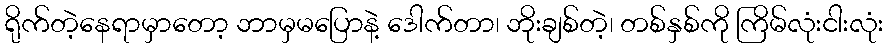
ရိုက်တဲ့နေရာမှာတော့ ဘာမှမပြောနဲ့ ဒေါက်တာ၊ ဘိုးချစ်တဲ့၊ တစ်နှစ်ကို ကြိမ်လုံးငါးလုံး